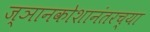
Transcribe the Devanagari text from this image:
ज्ञानकोशानंतरच्या